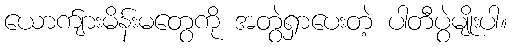
ယောက်ျားမိန်းမတွေကို အတွဲရှာပေးတဲ့ ပါတီပွဲမျိုးပါ။